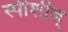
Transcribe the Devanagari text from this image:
स्पीशीज्